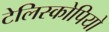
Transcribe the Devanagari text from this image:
टेलिस्कोपियो